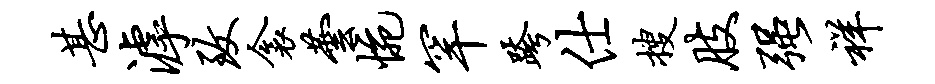
甚滹致衾芸惋罕跨仕搜肢强祥